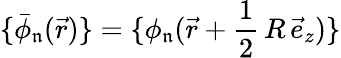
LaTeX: \{ \bar{\phi}_{\mathfrak{n}}(\vec{r})\} =\{ \phi_{\mathfrak{n}}(\vec{r}+\frac{1}{2}\, R\, \vec{e}_{z})\}